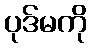
ပုဒ်မကို